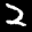
Label: 2